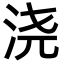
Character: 浇